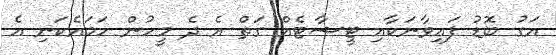
އަގު ބޮޑު ފައިވާނަކާއި ޓީޝާޓެއް ގަތް އެ ދެ މީހުން ހަމައެކަނި އެ